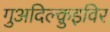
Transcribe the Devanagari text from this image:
गुअदिल्क़ुइविर